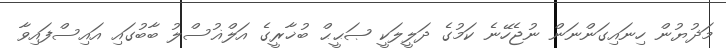
މަޛުޔުން ހިނައިގަންނަން ނުޖެހޭނެ ކަމުގެ ދަލީލަކީ ޞަޙީޙް ބުޚާރީގެ އަލްޣުސްލު ބާބުގައި އައިސްފައިވާ